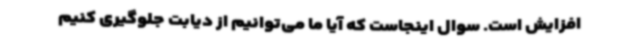
افزایش است. سوال اینجاست که آیا ما می‌توانیم از دیابت جلوگیری کنیم